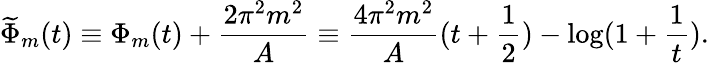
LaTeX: \widetilde{\Phi}_{m}(t)\equiv\Phi_{m}(t)+\frac{2\pi^{2}m^{2}}{A}\equiv\frac{4\pi^{2}m^{2}}{A}(t+\frac{1}{2})-\log(1+\frac{1}{t}).